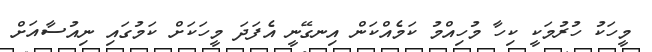
މީހަކު ހުރުމަކީ ކިހާ މުހިއްމު ކަމެއްކަން އިނގޭނީ އެފަދަ މީހަކަށް ކަމުގައި ނިއުސާއަށް